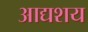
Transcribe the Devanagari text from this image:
आद्यशय